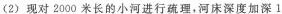
(2) 现对2000米长的小河进行疏理，河床深度加深 1